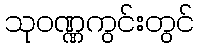
သုဝဏ္ဏကွင်းတွင်